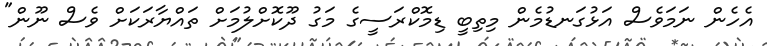
އެހެން ނަމަވެސް އަޅުގަނޑުމެން މިތިބީ ޑިމޮކްރަސީގެ މަގު ދޫކޮށްލުމަށް ތައްޔާރަކަށް ވެސް ނޫން"